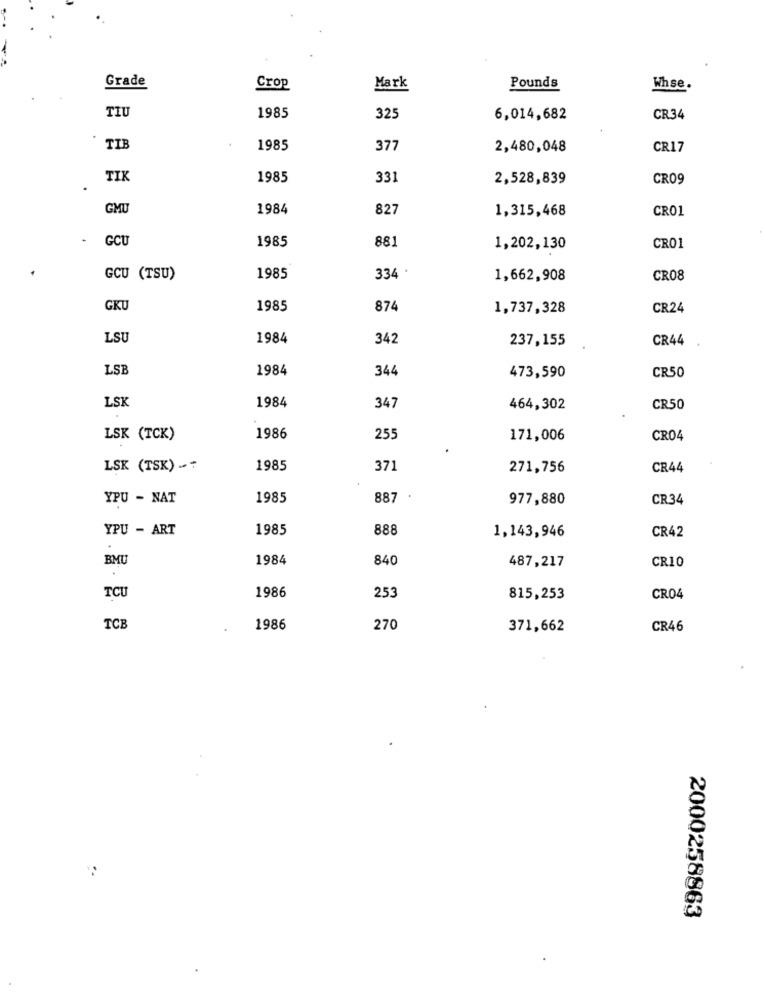
Grade
Crop
Mark
Pounds
Whse.
TIU
1985
325
6,014,682
CR34
TIB
1985
377
2,480,048
CR17
TIK
1985
331
2,528,839
CRO9
GMU
1984
827
1,315,468
CRO1
GCU
1985
881
1,202,130
CRO1
GCU (TSU)
1985
334
1,662,908
CR08
GKU
1985
874
1,737,328
CR24
LSU
1984
342
237,155
CR44
LSB
1984
344
473,590
CR50
34
LSK
1984
464,302
CR50
LSK (TCK)
1986
255
171,006
CR04
LSK (TSK) -
1985
371
271,756
CR44
YPU - NAT
1985
887
977,880
CR34
YPU - ART
1985
888
1,143,946
CR42
BMU
1984
840
487,217
CR10
1986
25
TCU
815,253
CR04
TCB
1986
270
371,662
CR46
2000258863